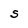
Character: S